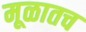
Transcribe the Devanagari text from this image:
मूळातच